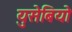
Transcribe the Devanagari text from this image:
युसेबियो